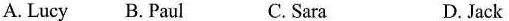
A. Lucy B.Paul C. Sara D. Jack